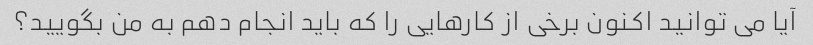
آیا می توانید اکنون برخی از کارهایی را که باید انجام دهم به من بگویید؟